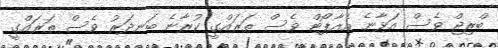
ބްރިޖް ވެސް އަޅާނެ އެއާޕޯޓް ވެސް ތަރައްގީ ކުރާނެ ބަނދަރު ވެސް ތަރައްގީ